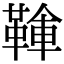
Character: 𩋱